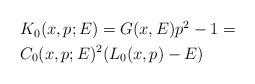
LaTeX: \begin{align*}\begin{aligned}&K_0(x,p;E)=G(x,E)p^2-1=\cr&C_0(x,p;E)^2(L_0(x,p)-E)\cr\end{aligned}\end{align*}